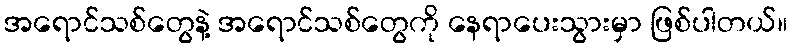
အရောင်သစ်တွေနဲ့ အရောင်သစ်တွေကို နေရာပေးသွားမှာ ဖြစ်ပါတယ်။